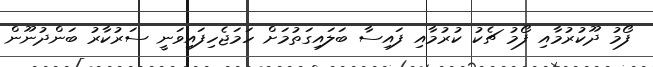
ފޯމު ދޫކުރުމާއި ފޯމު ޗެކު ކުރުމާއި ފައިސާ ބަލައިގަތުމަށް ހަމަޖެހިފައިވަނީ ސަރުކާރު ބަންދުނޫން